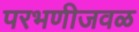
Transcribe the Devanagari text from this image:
परभणीजवळ